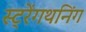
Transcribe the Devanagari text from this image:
स्ट्रेंगथनिंग